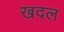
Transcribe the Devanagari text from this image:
खदल